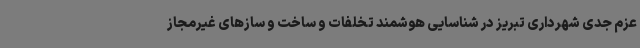
عزم جدی شهرداری تبریز در شناسایی هوشمند تخلفات و ساخت و سازهای غیرمجاز